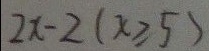
2 x - 2 ( x \geqslant 5 )